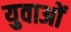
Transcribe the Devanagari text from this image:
युवाअों